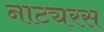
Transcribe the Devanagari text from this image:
नाट्यरस